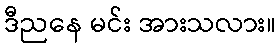
ဒီညနေ မင်း အားသလား။